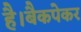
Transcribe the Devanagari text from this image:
है।बैकपेकर